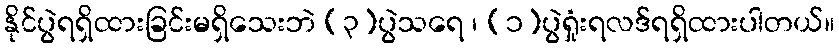
နိုင်ပွဲရရှိထားခြင်းမရှိသေးဘဲ (၃)ပွဲသရေ ၊ (၁)ပွဲရှုံးရလဒ်ရရှိထားပါတယ်။